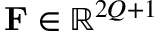
\mathbf { F } \in \mathbb { R } ^ { 2 Q + 1 }